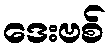
ဒေးဗစ်